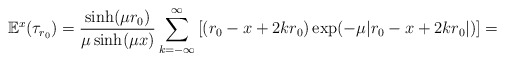
\begin{align*}\mathbb{E}^x(\tau_{r_0}) = \frac{\sinh(\mu r_0)}{\mu \sinh(\mu x)}\sum_{k=-\infty}^{\infty} \left[(r_0-x + 2kr_0) \exp(-\mu |r_0-x+2kr_0|) \right]=\\\end{align*}